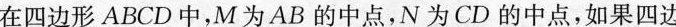
在四边形ABCD中，M为AB的中点，N为CD的中点，如果四边